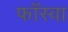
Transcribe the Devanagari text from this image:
फॉस्वा